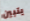
يتبين